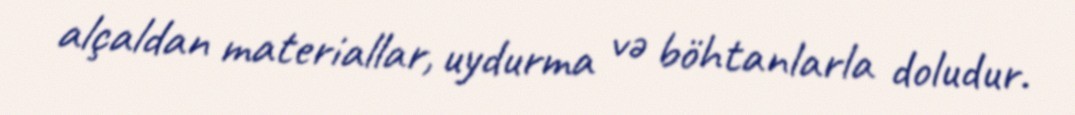
alçaldan materiallar, uydurma və böhtanlarla doludur.